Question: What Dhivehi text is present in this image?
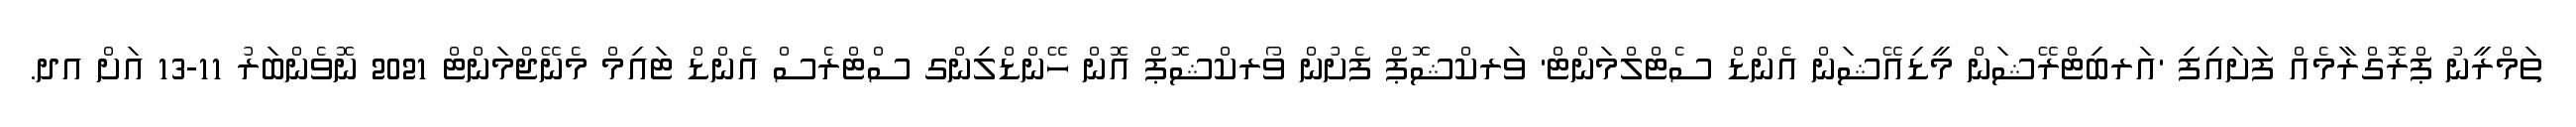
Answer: ތަމްރީނު ޕްރޮގްރާމެއް ފަށައިފި 'އަރބިޓްރޭޝަން މީޑިއޭޝަން އެންޑް ސެޓްލްމަންޓް' ވަރކްޝޮޕް ފެށުން ވޯރކްޝޮޕް އޮން ހޭންޑްލިންގ ސްޓްރެސް އެންޑް ޓައިމް މެނޭޖްމަންޓް 2021 ނޮވެންބަރު 11-13 އަށް އދ.